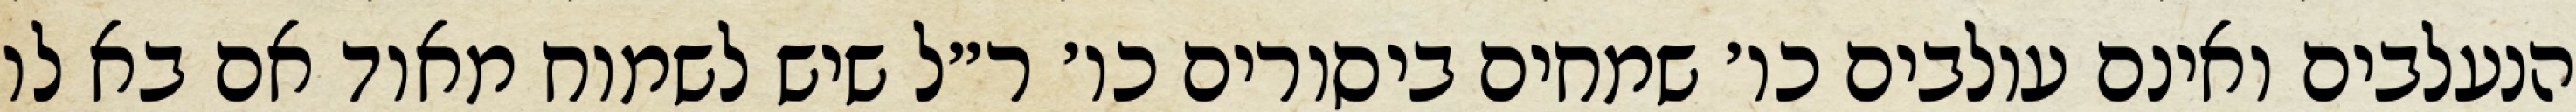
הנעלבים ואינם עולבים כו׳ שמחים ביסורים כו׳ ר״ל שיש לשמוח מאוד אם בא לו